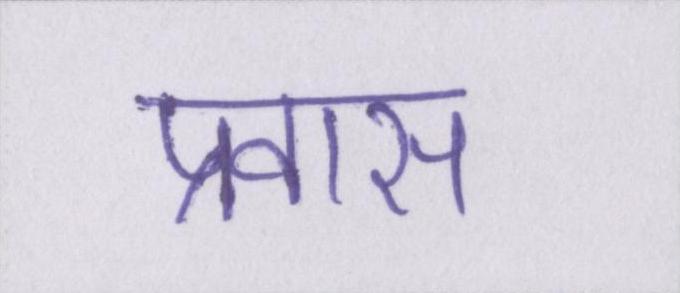
प्रवास